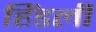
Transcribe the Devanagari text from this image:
हिंडली